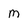
Character: m